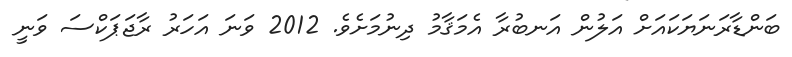
ބަންޑާރަނަޔަކައަށް އަލުން އަނބުރާ އެމަޤާމު ދިނުމަށެވެ. 2012 ވަނަ އަހަރު ރާޖަޕަކްސަ ވަނީ